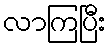
လာကြပြီး